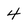
Character: 4